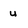
Character: u